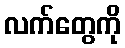
လက်တွေကို